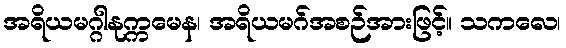
အရိယမဂ္ဂါနုက္ကမေန၊ အရိယမဂ်အစဉ်အားဖြင့်။ သကလေ၊